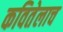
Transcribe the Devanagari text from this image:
कवितेलाच